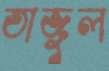
তাজুল